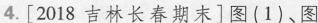
4.[2018吉林长春期末]图(1)、图